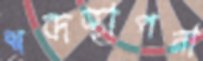
শব্দস্থাপনা